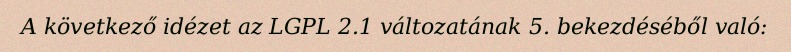
A következő idézet az LGPL 2.1 változatának 5. bekezdéséből való: